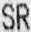
SR